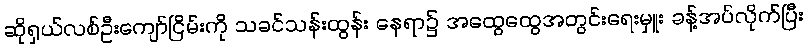
ဆိုရှယ်လစ်ဦးကျော်ငြိမ်းကို သခင်သန်းထွန်း နေရာ၌ အထွေထွေအတွင်းရေးမှူး ခန့်အပ်လိုက်ပြီး